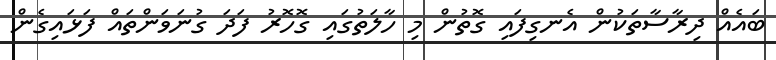
ބައެއް ދިރާސާތަކުން އެނގިފައި ގޮތުން މި ހާލަތުގައި ގޮހޮރު ފަދަ ގުނަވަންތައް ފަޅައިގެން